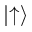
| { \uparrow } \rangle